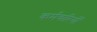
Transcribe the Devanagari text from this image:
कर्मचारियोँ